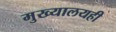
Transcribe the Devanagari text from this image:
मुख्यालयही